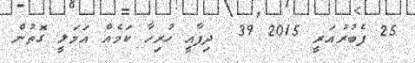
25 ފެބުރުއަރީ 2015 39  ދިފާއީ ހުރިހާ ކަމެއް އަމަލީ ގޮތުން